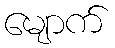
မျောက်